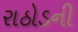
રાઠોડની